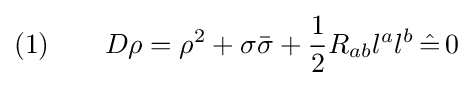
(1)\qquad D\rho =\rho ^{2}+\sigma {\bar {\sigma }}+{\frac {1}{2}}R_{ab}l^{a}l^{b}\,{\hat {=}}\,0